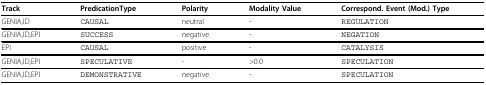
| Track | PredicationType | Polarity | Modality Value | Correspond. Event (Mod.) Type |
 | --- | --- | --- | --- | --- |
 | GENIA,ID | CAUSAL | neutral | - | REGULATION |
 | GENIA,ID,EPI | SUCCESS | negative | - | NEGATION |
 | EPI | CAUSAL | positive | - | CATALYSIS |
 | GENIA,ID,EPI | SPECULATIVE | - | >0.0 | SPECULATION |
 | GENIA,ID,EPI | DEMONSTRATIVE | negative | - | SPECULATION |